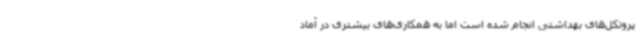
پروتکل‌های بهداشتی انجام شده است اما به همکاری‌های بیشتری در آماد